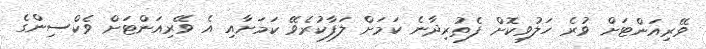
ވޭރިއަންޓަށް ވުރެ ހަލުވިކޮށް ފެތުރިދާނެ ކަމަށް ލަފާކުރެވޭ ކަމަށާއި އެ ވޭރިއަންޓަށް ވެކްސިންގެ